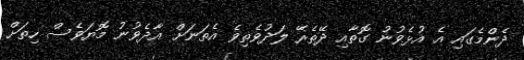
ދެންމެގައި އެ އުޅެވުނު ގޮތާއި ދޭތެރޭ ލަދުވެތިވެ އެތަނަށް އާދެވުނު މޮޔަވެސް ހިތަށް